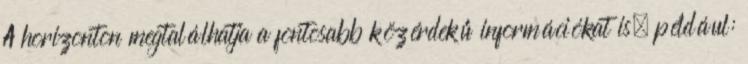
A horizonton megtalálhatja a fontosabb közérdekű információkat is, például: